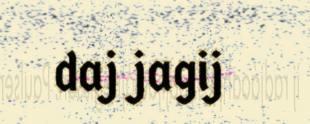
daj jagij